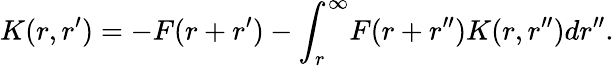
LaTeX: K(r,r^{\prime})=-F(r+r^{\prime})-\int_{r}^{\infty}\! F(r+r^{\prime\prime})K(r,r^{\prime\prime})dr^{\prime\prime}.